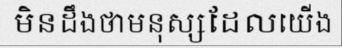
មិនដឹងថាមនុស្សដែលយើង